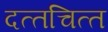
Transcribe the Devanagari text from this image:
दत्‍तचित्‍त